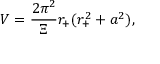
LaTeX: V = \frac { 2 \pi ^ { 2 } } { \Xi } r _ { + } ( r _ { + } ^ { 2 } + a ^ { 2 } ) ,